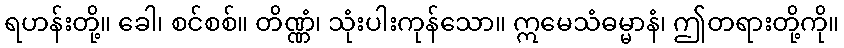
ရဟန်းတို့။ ခေါ၊ စင်စစ်။ တိဏ္ဏံ၊ သုံးပါးကုန်သော။ ဣမေသံဓမ္မာနံ၊ ဤတရားတို့ကို။